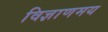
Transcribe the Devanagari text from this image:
विज्ञाणमय